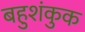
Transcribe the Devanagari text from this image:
बहुशंकुक